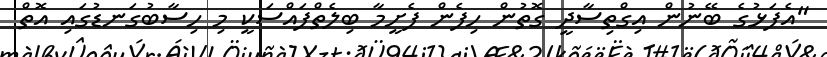
"އެފަޅުގެ ބޭނުން އިގްތިސާދީ ގޮތުން ހިފެން ފެށީމާ ބިލެތްފައްސަކީ މި ހިސާބުގަނޑުގައި އޮތް